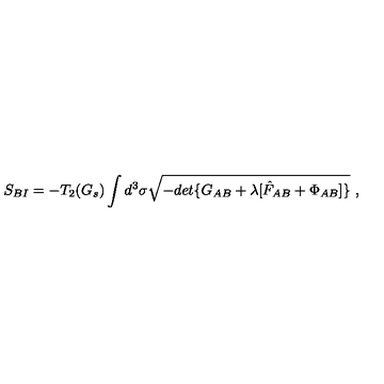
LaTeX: S _ { B I } = - T _ { 2 } ( G _ { s } ) \int d ^ { 3 } \sigma \sqrt { - d e t \{ G _ { A B } + \lambda [ \hat { F } _ { A B } + \Phi _ { A B } ] \} } \ ,